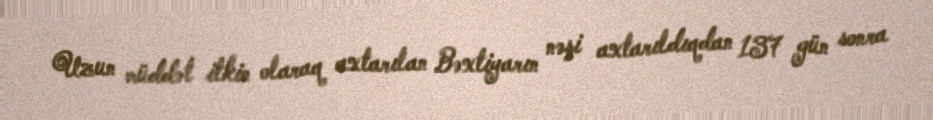
Uzun müddət itkin olaraq axtarılan Bəxtiyarın nəşi axtarıldıqdan 137 gün sonra